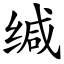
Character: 缄